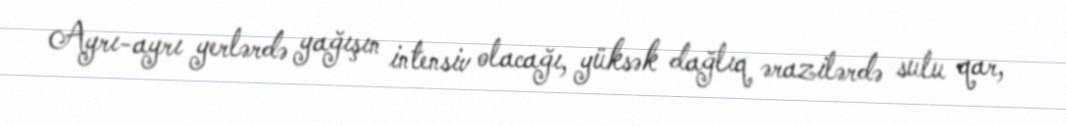
Ayrı-ayrı yerlərdə yağışın intensiv olacağı, yüksək dağlıq ərazilərdə sulu qar,